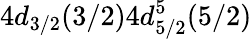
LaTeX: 4d_{3/2}(3/2)4d_{5/2}^{5}(5/2)